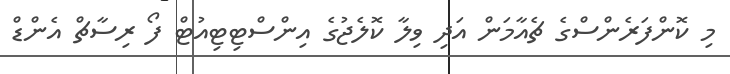
މި ކޮންފަރެންސްގެ ޗެއާމަން އަދި ވިލާ ކޮލެޖުގެ އިންސްޓިޓިއުޓް ފޯ ރިސާޗް އެންޑް